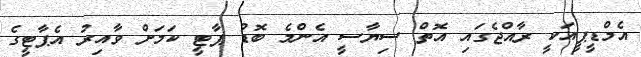
އެމްޑީޕީއަކީ ރާއްޖެގައި އޮތް ސިޔާސީ އެންމެ ބޮޑު ޕާޓީ ކަމަށް ވާއިރު އެޕާޓީގެ